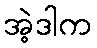
အဲ့ဒါက